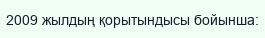
2009 жылдың қорытындысы бойынша: